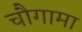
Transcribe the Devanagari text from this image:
चौगामा